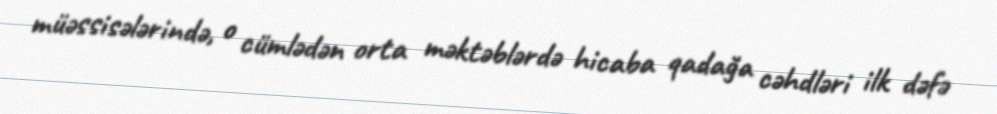
müəssisələrində, o cümlədən orta məktəblərdə hicaba qadağa cəhdləri ilk dəfə